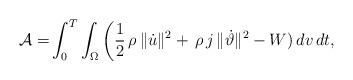
LaTeX: \begin{align*}\mathcal{A}=&\int_{0}^{T}\int_\Omega\bigg(\frac{1}{2}\,\rho\,\|\dot{u}\|^2+\,\rho\,j\,\|\dot{\vartheta}\|^2-W)\, dv\,dt,\end{align*}